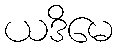
ယဒိမေ